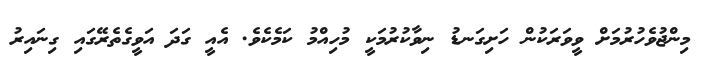
މިންޖުވެހުރުމަށް ވީވަރަކުން ހަށިގަނޑު ނިވާކުރުމަކީ މުހިއްމު ކަމެކެވެ. އެއީ ގަދަ އަވީގެތެރޭގައި ގިނައިރު